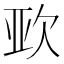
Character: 𭭈